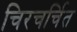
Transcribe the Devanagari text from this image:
चिरचर्चित